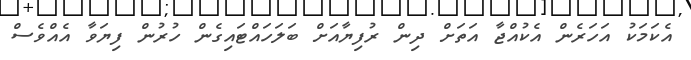
އެކަމަކު އަހަރެން އެކުއްޖާ އަތަށް ދިން ރުފިޔާއަށް ބަލަހައްޓައިގެން ހުރުން ފިޔަވާ އެއްވެސް